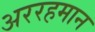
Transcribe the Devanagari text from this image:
अररहमान